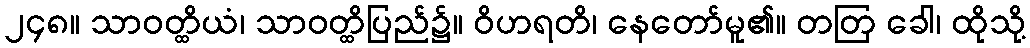
၂၄၈။ သာဝတ္ထိယံ၊ သာဝတ္ထိပြည်၌။ ဝိဟရတိ၊ နေတော်မူ၏။ တတြ ခေါ၊ ထိုသို့